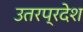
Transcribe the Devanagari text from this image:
उतरप्रदेश